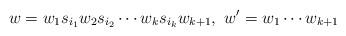
LaTeX: \begin{align*}w=w_1s_{i_1}w_2 s_{i_2}\cdots w_ks_{i_k}w_{k+1},~w'=w_1\cdots w_{k+1}\end{align*}